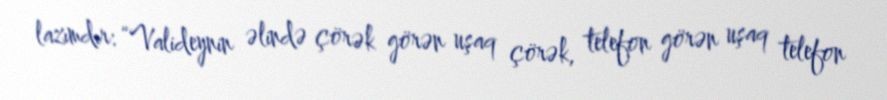
lazımdır: “Valideynin əlində çörək görən uşaq çörək, telefon görən uşaq telefon